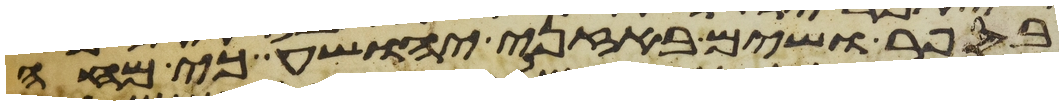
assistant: בספר ושים באזני יהושע כי מחה